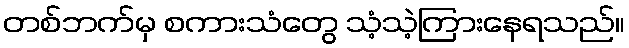
တစ်ဘက်မှ စကားသံတွေ သံ့သဲ့ကြားနေရသည်။